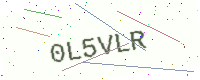
Text: 0L5VLR